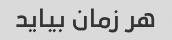
هر زمان بیاید